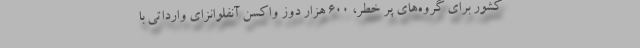
کشور برای گروه‌های پر خطر، ۶۰۰ هزار دوز واکسن آنفلوانزای وارداتی با